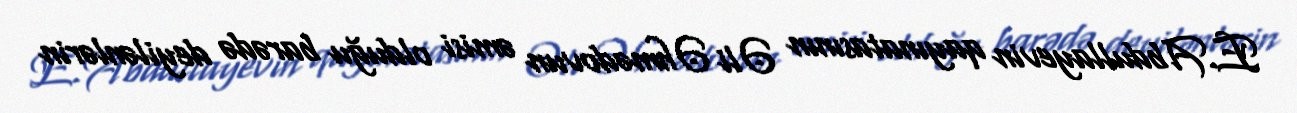
E.Abdullayevin qayınatasının Əli Əhmədovun əmisi olduğu barədə deyilənlərin